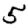
Digit: 5